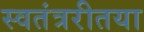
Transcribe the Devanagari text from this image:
स्वतंत्ररीतया